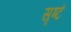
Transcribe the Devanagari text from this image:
सृष्टं